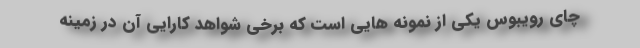
چای رویبوس یکی از نمونه هایی است که برخی شواهد کارایی آن در زمینه